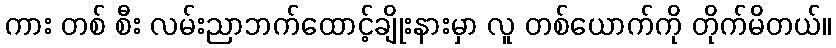
ကား တစ် စီး လမ်းညာဘက်ထောင့်ချိုးနားမှာ လူ တစ်ယောက်ကို တိုက်မိတယ်။